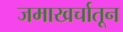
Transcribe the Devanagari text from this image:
जमाखर्चातून